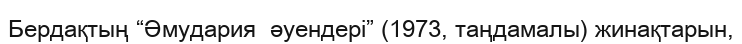
Бердақтың “Әмудария  әуендері” (1973, таңдамалы) жинақтарын,